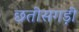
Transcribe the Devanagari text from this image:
छतीसगड़ी